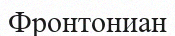
Фронтониан